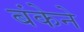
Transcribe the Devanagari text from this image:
बंकेने